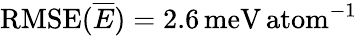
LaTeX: \mathrm{RMSE}(\overline{{E}})=2.6\, \mathrm{meV\, atom}^{-1}